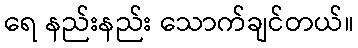
ရေ နည်းနည်း သောက်ချင်တယ်။